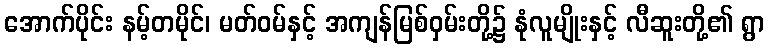
အောက်ပိုင်း နမ့်တမိုင်၊ မတ်ဝမ်နှင့် အကျန်မြစ်ဝှမ်းတို့၌ နုံလူမျိုးနှင့် လီဆူးတို့၏ ရွာ